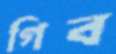
গিব